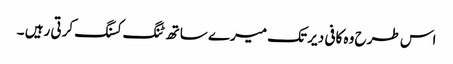
اس طرح وہ کافی دیر تک میرے ساتھ ٹنگ کسنگ کرتی رہیں ۔